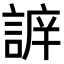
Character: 𧩔